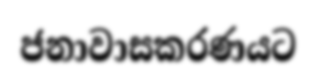
ජනාවාසකරණයට